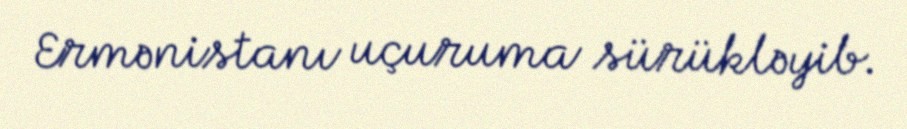
Ermənistanı uçuruma sürükləyib.